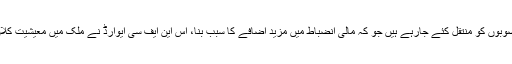
جیسے ہی 60 فیصد سے زیادہ وسائل صوبوں کو منتقل کئے جارہے ہیں جو کہ مالی انضباط میں مزید اضافے کا سبب بنا، اس این ایف سی ایوارڈ نے ملک میں معیشیت کلاں کے استحکام کا بحران کا بیج بویا ہے۔